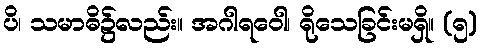
ပိ၊ သမာဓိ၌လည်း။ အဂါရဝေါ၊ ရိုသေခြင်းမရှိ။ (၅)